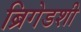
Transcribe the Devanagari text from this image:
ब्रिगेडशी